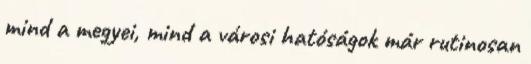
mind a megyei, mind a városi hatóságok már rutinosan